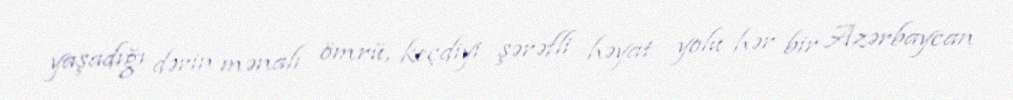
yaşadığı dərin mənalı ömrü, keçdiyi şərəfli həyat yolu hər bir Azərbaycan